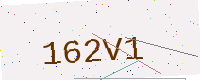
Text: 162V1